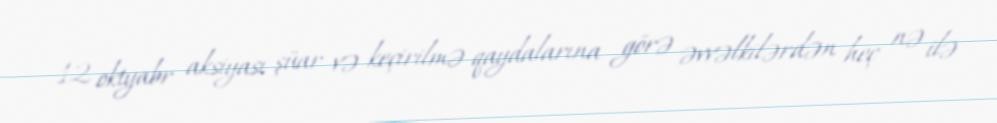
12 oktyabr aksiyası şüar və keçirilmə qaydalarına görə əvvəlkilərdən heç nə ilə